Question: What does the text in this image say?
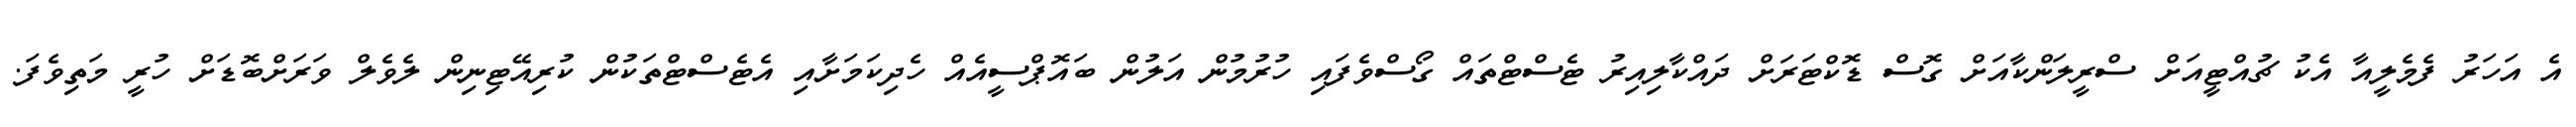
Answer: އެ އަހަރު ފެމެލީއާ އެކު ޗުއްޓީއަށް ސްރީލަންކާއަށް ގޮސް ޑޮކްޓަރަށް ދައްކާލިއިރު ޓެސްޓްތައް ގޯސްވެފައި ހުރުމުން އަލުން ބައޮޕްސީއެއް ހެދިކަމަށާއި އެޓެސްޓްތަކުން ކުރިއޭޓިނިން ލެވެލް ވަރަށްބޮޑަށް ހުރީ މަތިވެފަ.